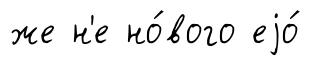
же н'е но́вого еjо́